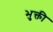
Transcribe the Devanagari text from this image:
भुक्ती